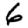
Digit: 6